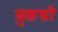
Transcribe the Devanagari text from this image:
बुकची